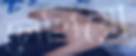
লেপিয়ো